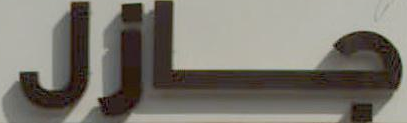
جازل